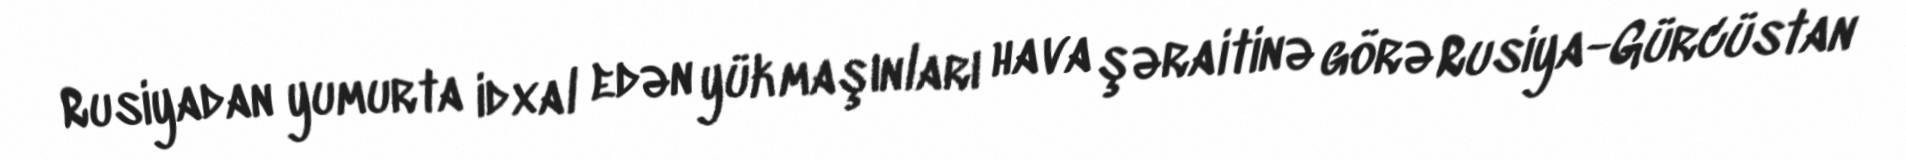
Rusiyadan yumurta idxal edən yük maşınları hava şəraitinə görə Rusiya-Gürcüstan